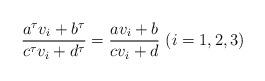
LaTeX: \begin{align*} \frac{a^{\tau} v_i+b^{\tau}}{c^{\tau} v_i+d^{\tau}} =\frac{av_i+b}{cv_i+d} \ (i=1,2,3) \end{align*}